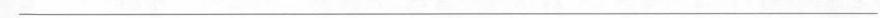
___